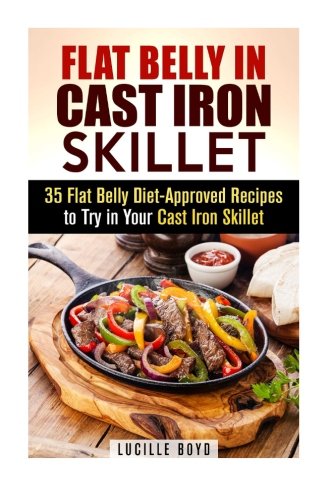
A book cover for Flat Belly in Cast Iron Skillet: 35 Flat Belly Diet-Approved Recipes to Try in Your Cast Iron Skillet (Weight Loss & Burn Fat); Lucille Boyd; Cookbooks, Food & Wine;